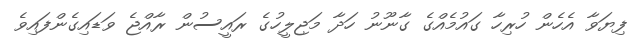
ފިޔަވާ އެހެން ހުރިހާ ގައުމެއްގެ ގާނޫނު ހަދާ މަޖިލީހުގެ ރައީސުން ރާއްޖެ ވަޑައިގެންފައިވެ